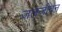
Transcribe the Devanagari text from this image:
जलजीवन